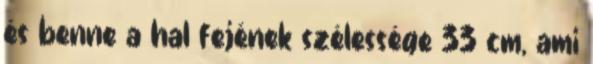
és benne a hal fejének szélessége 33 cm, ami